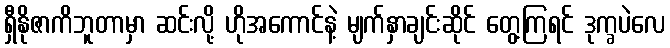
ရှီနိုဇာကိဘူတာမှာ ဆင်းလို့ ဟိုအကောင်နဲ့ မျက်နှာချင်းဆိုင် တွေ့ကြရင် ဒုက္ခပဲလေ